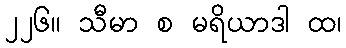
၂၂၆။ သီမာ စ မရိယာဒါ ထ၊